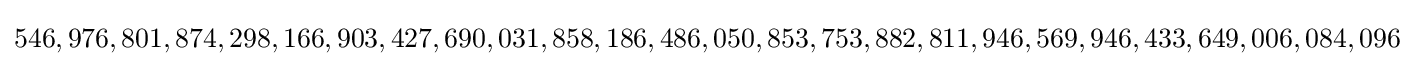
546,976,801,874,298,166,903,427,690,031,858,186,486,050,853,753,882,811,946,569,946,433,649,006,084,096